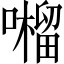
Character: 𡂆